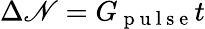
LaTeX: \Delta\mathscr{N}=G_{\mathrm{{~p~u~l~s~e~}}}t